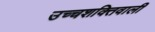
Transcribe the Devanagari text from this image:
उच्चशक्तिवाली